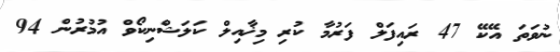
ނުވަތަ އޭކޭ 47 ރައިފަލް ފަރުމާ ކުރި މިޚާއިލް ކަލަޝްނިކޯވް އުމުރުން 94